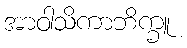
အာဝါသိကာဘိက္ခူ